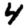
Digit: 4